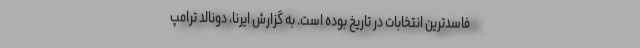
فاسدترین انتخابات در تاریخ بوده است. به گزارش ایرنا، دونالد ترامپ